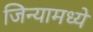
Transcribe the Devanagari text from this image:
जिन्यामध्ये